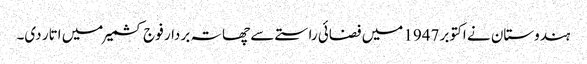
ہندوستان نے اکتوبر 1947 میں فضائی راستے سے چھاتہ بردار فوج کشمیر میں اتار دی۔